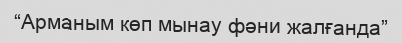
“Арманым көп мынау фәни жалғанда”